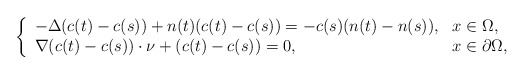
\begin{align*} \left\{\begin{array}{ll}-\Delta(c(t)-c(s))+n(t)(c(t)-c(s))=-c(s)(n(t)-n(s)), &x\in\Omega,\\ \nabla (c(t)-c(s))\cdot \nu+(c(t)-c(s))= 0, &x\in\partial\Omega, \end{array}\right.\end{align*}